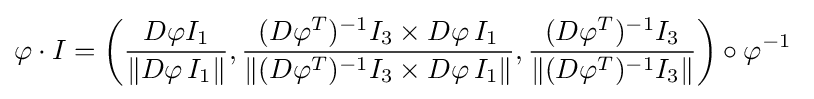
\varphi \cdot I=\left({\frac {D\varphi I_{1}}{\|D\varphi \,I_{1}\|}},{\frac {(D\varphi ^{T})^{-1}I_{3}\times D\varphi \,I_{1}}{\|(D\varphi ^{T})^{-1}I_{3}\times D\varphi \,I_{1}\|}},{\frac {(D\varphi ^{T})^{-1}I_{3}}{\|(D\varphi ^{T})^{-1}I_{3}\|}}\right)\circ \varphi ^{-1}\